Annual report of the Punjab Veterinary College and of the Civil Veterinary Department, Punjab - 1926-1932
Year: 1926
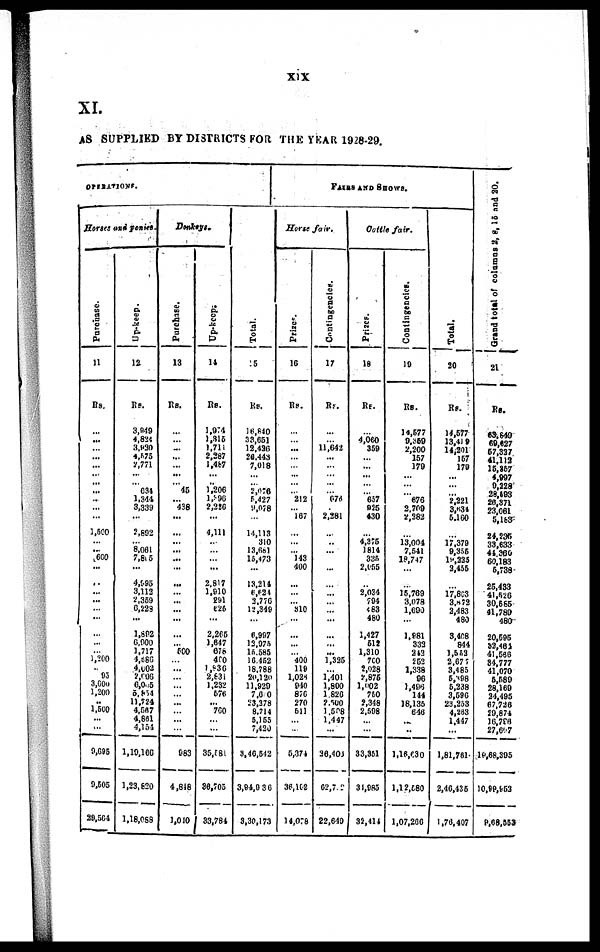
xix
XI.
AS SUPPLIED BY DISTRICTS FOR THE YEAR 1928-29.
OPERATIONS.
Horses and ponies.
Purchase.
11
Rs.
...
...
...
...
...
... ...
... ...
...
...
1,500
... ... 600
...
...
...
...
...
...
...
...
... 1,200
... 93
3,600
1,200
...
1,500
... ...
9,695
9,505
29,564
Up-keep.
12
Rs.
3,949
4,824
3,830
4,575
2,771
...
... 634
1,344
3,339
...
5,802
... 8,061
7,805
...
4,985
3,112
2,359
6,228
...
1,892
6,900
1,717
4,886
4,003
2,906
6,045
5,834
11,724
4,587
4,861
4,154
1,19,166
1,23,820
1,18,088
Donkeys.
Purchase.
13
Rs.
...
... ...
...
...
...
... 45
... 438
...
...
...
...
...
...
...
... ...
...
...
...
... 500
...
...
...
... ...
...
...
...
...
983
4,818
1,010
Up-keep.
14
Rs.
1,974
1,315
1,715
2,287
1,487
...
..
1,206
1,696
2,226
...
4,111
...
... ...
...
2,817
1,910
291
626
...
2,265
1,647
678
400
1,836
2,831
1,232
576
... 700
... ...
35,581
36,705
33,784
Total.
15
Rs.
16,840
33,851
12,436
26,443
7,018
...
... 2,076
5,427
9,078
...
14,113
310
13,681
15,473
...
13,214
6,624
3,770
12,349
...
6,997
12,975
15,585
16,452
18,788
20,120
11,920
7,0 0
23,378
8,714
5,155
7,420
3,46,542
3,94,936
3,30,173
FAIRS
AND
SHOWS.
Horse
fair.
Prize.
16
Rs.
...
...
...
...
...
...
... ...
212
...
167
...
...
... 143
400
...
... ...
810
...
...
... ...
400
119
1,026
940
870
270
611
...
...
5,371
36,102
14,078
Contingencies.
17
Rs.
...
... 11,642
...
...
... ...
... 678
... 2,281
...
...
...
...
...
...
...
... ...
...
...
...
...
1,335
... 1,401
1,800
1,820
2,500
1,508
1,447
...
36,408
62,702
22,640
Cattle
fair.
Prizes.
18
Rs.
...
4, 060 359
... ...
...
...
... 657
925
430
...
4,375
1814
335
2,655
...
2,034
794
483
480
1,427
517
1,310
700
2,928
8,876
l,902
750
2,348
2,598
...
...
33,351
31,985
32,414
Contingencies.
19
Rs.
14,577
9,359
2,200
157
179
...
...
... 676
2,709
2,382
...
13,004
7,541
18,747
...
...
15,769
3,078
1,600
...
1,881
333
242
252
1,338
96
1,496
144
18,135
646
...
..
1,16,630
1,12,080
1,07,266
Total.
20
Rs.
14,577
13,419
14,201
157
170
...
...
... 2,221
3,634
5,160
...
17,379
9,355
19,335
2,455
...
17,803
3,872
2,483
480
3,408
844
1,552
2.677
3,485
5,398
5,238
3,596
23,253
4,283
1,447
...
1,81,761
2,46,435
1,76,407
Grand total of columns 2, 8, 18 and 20.
21
Rs.
63,649
69,627
67,337
41,112
15,857
4,997
9,228
28,593
28,371
23,061
5,183
24,235
33,633
44,360
60,183
5,738
25,433
41,526
30,585
41,780
480
20,595
32,463
41,566
34,777
41,070
5,589
28,169
24,495
67,726
29,874
16,796
27,697
10,68,395
10,99,953
9,68,553